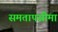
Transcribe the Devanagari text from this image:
समतापसीमा